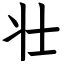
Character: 壮